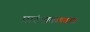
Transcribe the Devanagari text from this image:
प्रारंभाकाळात